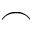
\frown